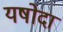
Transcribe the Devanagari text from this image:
यषोदा